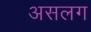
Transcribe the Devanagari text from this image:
असलग